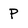
Character: P